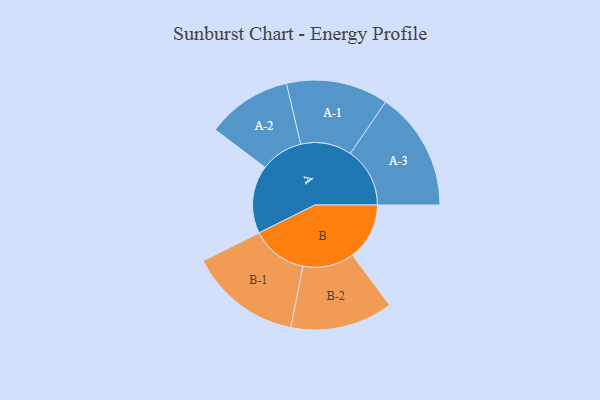
{"axis": {"x": "Segment", "y": "Value"}, "legend": ["", "A", "B"], "data": [{"x": "A", "y": 296, "type": ""}, {"x": "B", "y": 248, "type": ""}, {"x": "A-1", "y": 222, "type": "A"}, {"x": "A-2", "y": 185, "type": "A"}, {"x": "A-3", "y": 259, "type": "A"}, {"x": "B-1", "y": 244, "type": "B"}, {"x": "B-2", "y": 223, "type": "B"}]}